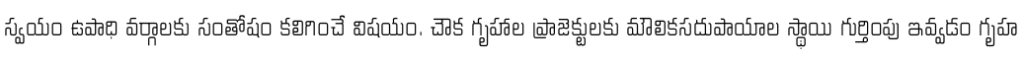
స్వయం ఉపాధి వర్గాలకు సంతోషం కలిగించే విషయం. చౌక గృహాల ప్రాజెక్టులకు మౌలికసదుపాయాల స్థాయి గుర్తింపు ఇవ్వడం గృహ